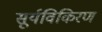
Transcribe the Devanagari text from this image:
सूर्यविकिरण